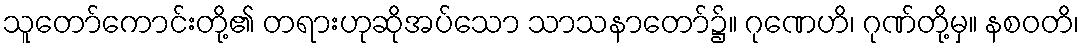
သူတော်ကောင်းတို့၏ တရားဟုဆိုအပ်သော သာသနာတော်၌။ ဂုဏေဟိ၊ ဂုဏ်တို့မှ။ နစဝတိ၊